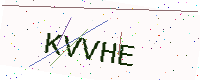
Text: KVVHE